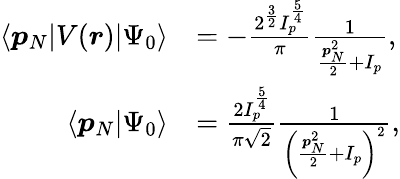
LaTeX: \begin{array}{rl}{\langle\boldsymbol{p}_{N}|V(\boldsymbol{r})|\Psi_{0}\rangle}&{=-\frac{2^{\frac{3}{2}}I_{p}^{\frac{5}{4}}}{\pi}\frac{1}{\frac{\boldsymbol{p}_{N}^{2}}{2}+I_{p}},}\\ {\langle\boldsymbol{p}_{N}|\Psi_{0}\rangle}&{=\frac{2I_{p}^{\frac{5}{4}}}{\pi\sqrt{2}}\frac{1}{\left(\frac{\boldsymbol{p}_{N}^{2}}{2}+I_{p}\right)^{2}},}\end{array}